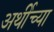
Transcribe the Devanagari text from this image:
अर्थीच्या